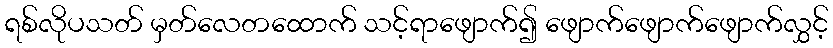
ရစ်လိုပသတ် မှတ်လေတထောက် သင့်ရာဖျောက်၍ ဖျောက်ဖျောက်ဖျောက်လွှင့်